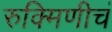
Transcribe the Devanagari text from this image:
रुक्मिणीचं